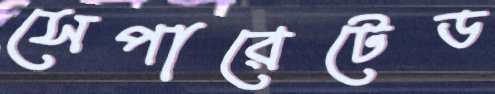
সেপারেটেড